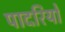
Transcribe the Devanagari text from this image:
पादरियो